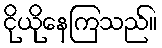
ငိုယိုနေကြသည်။